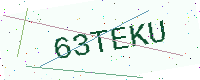
Text: 63TEKU